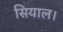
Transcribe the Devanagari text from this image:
सियाल।